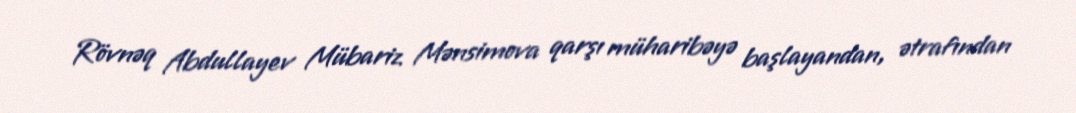
Rövnəq Abdullayev Mübariz Mənsimova qarşı müharibəyə başlayandan, ətrafından